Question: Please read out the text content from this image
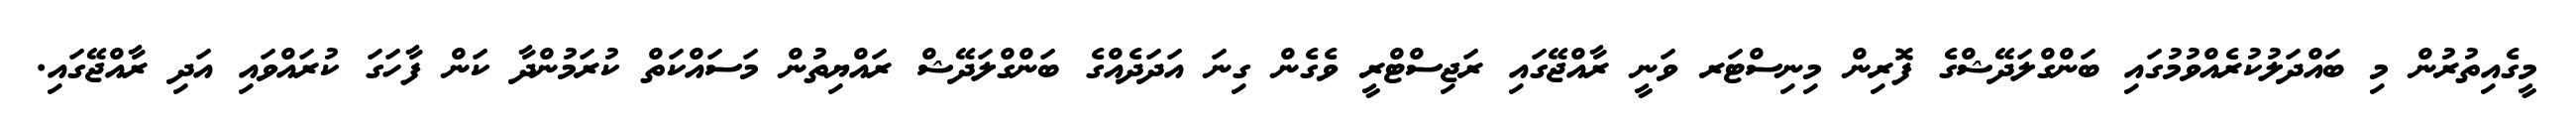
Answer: މީގެއިތުރުން މި ބައްދަލުކުރެއްވުމުގައި ބަންގްލަދޭޝްގެ ފޮރިން މިނިސްޓަރ ވަނީ ރާއްޖޭގައި ރަޖިސްޓްރީ ވެގެން ގިނަ އަދަދެއްގެ ބަންގްލަދޭޝް ރައްޔިތުން މަސައްކަތް ކުރަމުންދާ ކަން ފާހަގަ ކުރައްވައި އަދި ރާއްޖޭގައި.